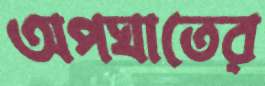
অপঘাতের